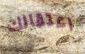
اعتقالك